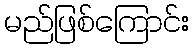
မည်ဖြစ်ကြောင်း